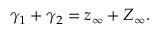
\gamma _ { 1 } + \gamma _ { 2 } = z _ { \infty } + Z _ { \infty } .